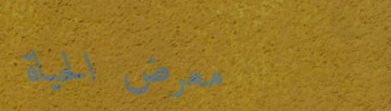
معرض الحياة